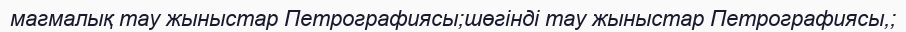
магмалық тау жыныстар Петрографиясы;шөгінді тау жыныстар Петрографиясы,;